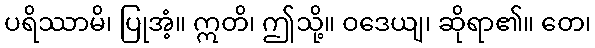
ပရိဿာမိ၊ ပြုအံ့။ ဣတိ၊ ဤသို့။ ဝဒေယျ၊ ဆိုရာ၏။ တေ၊